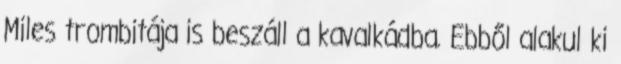
Miles trombitája is beszáll a kavalkádba. Ebből alakul ki